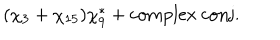
( \chi _ { 3 } + \chi _ { 1 5 } ) \chi _ { 9 } ^ { * } + \mathrm { c o m p l e x \ c o n j . }